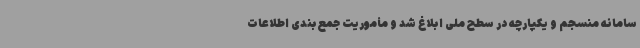
سامانه منسجم و یکپارچه در سطح ملی ابلاغ شد و مأموریت جمع‌بندی اطلاعات